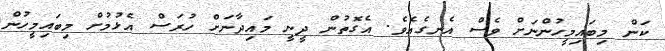
ކަން މިބައިމީހުންނަށް ވެސްް އެނގެއެވެ. އެގޮތުން ދީނީ މައިދާނަށް ހުރަސް އެޅުމުށް މިބައިމީހުން